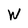
Character: W